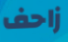
زاحف